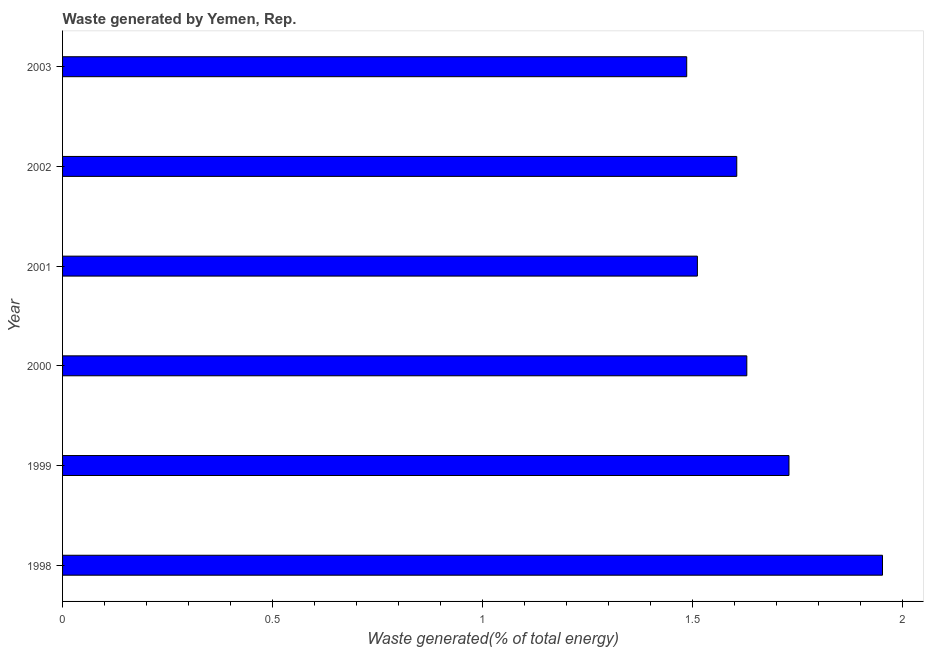
| Year | Combustible renewables and waste (% of total energy) |
 | --- | --- |
 | 1998 | 1.95 |
 | 1999 | 1.73 |
 | 2000 | 1.63 |
 | 2001 | 1.51 |
 | 2002 | 1.61 |
 | 2003 | 1.49 |